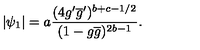
| \psi _ { 1 } | = a \frac { ( 4 g ^ { \prime } \overline { { g } } ^ { \prime } ) ^ { b + c - 1 / 2 } } { ( 1 - g \overline { { g } } ) ^ { 2 b - 1 } } .